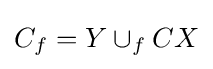
C_{f}=Y\cup _{f}CX